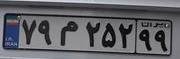
۷۹م۲۵۲۹۹